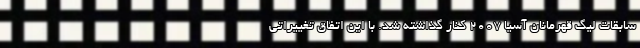
سابقات لیگ قهرمانان آسیا ۲۰۰۷ کنار گذاشته شد. با این اتفاق تغییراتی